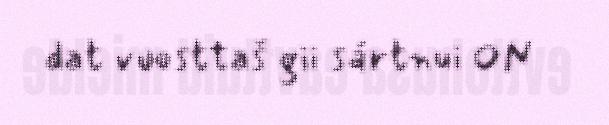
dat vuosttaš gii sártnui ON